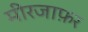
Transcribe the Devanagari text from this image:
मीरजाफ़र